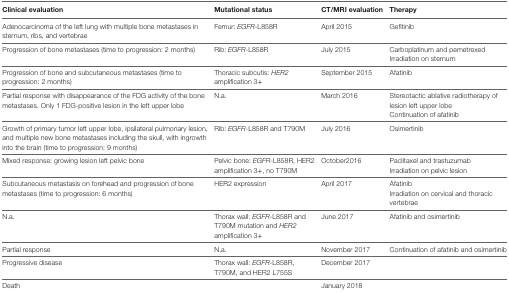
<table><thead><tr><td><b>Clinical evaluation</b></td><td><b>Mutational status</b></td><td><b>CT/MRI evaluation</b></td><td><b>Therapy</b></td></tr></thead><tbody><tr><td>Adenocarcinoma of the left lung with multiple bone metastases in sternum, ribs, and vertebrae</td><td>Femur: <i>EGFR</i>-L858R</td><td>April 2015</td><td>Gefitinib</td></tr><tr><td>Progression of bone metastases (time to progression: 2 months)</td><td>Rib: <i>EGFR</i>-L858R</td><td>July 2015</td><td>Carboplatinum and pemetrexedIrradiation on sternum</td></tr><tr><td>Progression of bone and subcutaneous metastases (time to progression: 2 months)</td><td>Thoracic subcutis: <i>HER2</i> amplification 3+</td><td>September 2015</td><td>Afatinib</td></tr><tr><td>Partial response with disappearance of the FDG activity of the bone metastases. Only 1 FDG-positive lesion in the left upper lobe</td><td>N.a.</td><td>March 2016</td><td>Stereotactic ablative radiotherapy of lesion left upper lobeContinuation of afatinib</td></tr><tr><td>Growth of primary tumor left upper lobe, ipsilateral pulmonary lesion, and multiple new bone metastases including the skull, with ingrowth into the brain (time to progression: 9 months)</td><td>Rib: <i>EGFR</i>-L858R and T790M</td><td>July 2016</td><td>Osimertinib</td></tr><tr><td>Mixed response: growing lesion left pelvic bone</td><td>Pelvic bone: <i>EGFR</i>-L858R, HER2 amplification 3+, no T790M</td><td>October2016</td><td>Paclitaxel and trastuzumabIrradiation on pelvic lesion</td></tr><tr><td>Subcutaneous metastasis on forehead and progression of bone metastases (time to progression: 6 months)</td><td>HER2 expression</td><td>April 2017</td><td>AfatinibIrradiation on cervical and thoracic vertebrae</td></tr><tr><td>N.a.</td><td>Thorax wall: <i>EGFR</i>-L858R and T790M mutation and <i>HER2</i> amplification 3+</td><td>June 2017</td><td>Afatinib and osimertinib</td></tr><tr><td>Partial response</td><td>N.a.</td><td>November 2017</td><td>Continuation of afatinib and osimertinib</td></tr><tr><td>Progressive disease</td><td>Thorax wall: <i>EGFR</i>-L858R, T790M, and HER2 L755S</td><td>December 2017</td><td></td></tr><tr><td>Death</td><td></td><td>January 2018</td><td></td></tr></tbody></table>